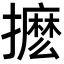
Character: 𭢹